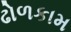
ઢોળકામ